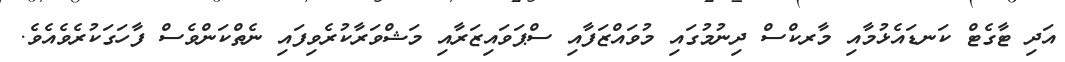
އަދި ޓާގެޓް ކަނޑައެޅުމާއި މާރކްސް ދިނުމުގައި މުވައްޒަފާއި ސްޕަވައިޒަރާއި މަޝްވަރާކުރެވިފައި ނެތްކަންވެސް ފާހަގަކުރެވެއެވެ.